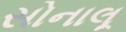
સોનાલૂ